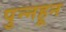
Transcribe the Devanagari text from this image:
पुन्नहून